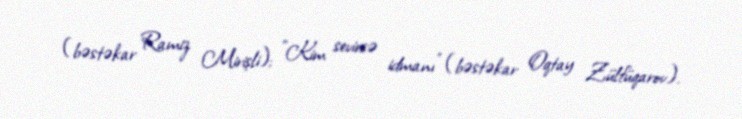
(bəstəkar Ramiz Mirişli); "Kim sevirsə idmanı" (bəstəkar Oqtay Zülfüqarov).